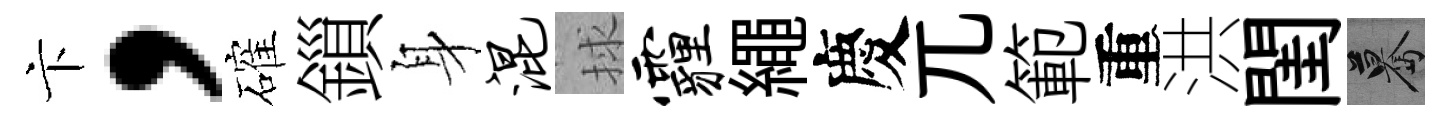
卞，確鎻身混捄霾繩慶兀範重洪閨驀